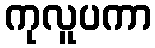
ကုလူပကာ